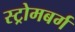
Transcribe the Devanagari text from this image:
स्ट्रोमबर्ग